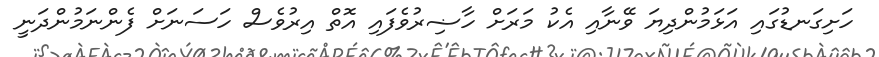
ހަށިގަނޑުގައި އަޅަމުންދިޔަ ވޭނާއި އެކު މަރަށް ހާޟިރުވެފައި އޮތް އިރުވެސް ހަސަނަށް ފެންނަމުންދަނީ